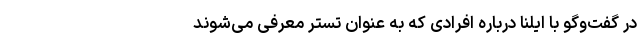
در گفت‌وگو با ایلنا درباره افرادی که به عنوان تستر معرفی می‌شوند